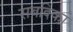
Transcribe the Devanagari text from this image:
सबदिका